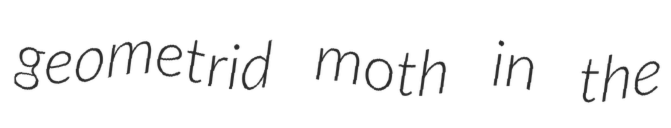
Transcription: geometrid moth in the